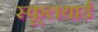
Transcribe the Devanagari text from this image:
स्कूलयार्ड